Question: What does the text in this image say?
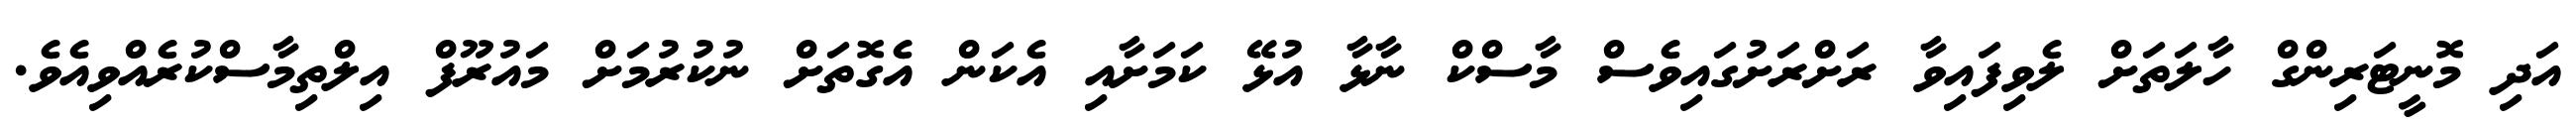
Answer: އަދި މޮނީޓަރިންގް ހާލަތަށް ލެވިފައިވާ ރަށްރަށުގައިވެސް މާސްކް ނާޅާ އުޅޭ ކަމަށާއި އެކަން އެގޮތަށް ނުކުރުމަށް މައުރޫފް އިލްތިމާސްކުރެއްވިއެވެ.